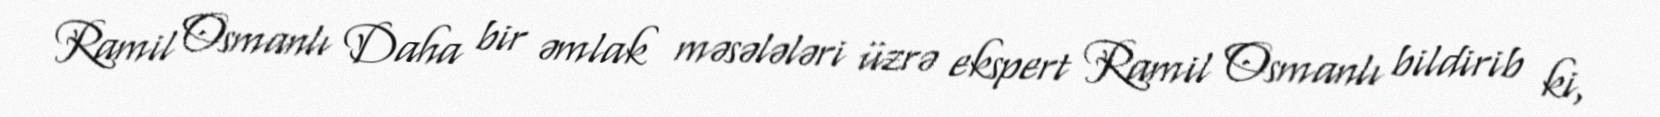
Ramil Osmanlı Daha bir əmlak məsələləri üzrə ekspert Ramil Osmanlı bildirib ki,